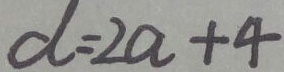
d = 2 a + 4